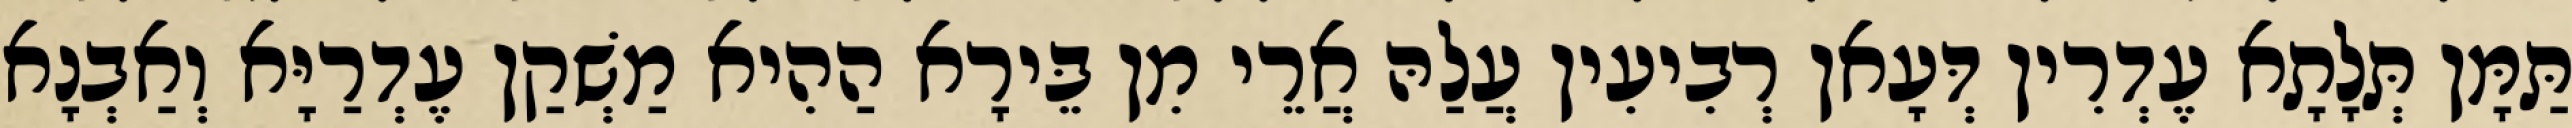
תַּמָּן תְּלָתָא עֶדְרִין דְּעָאן רְבִיעִין עֲלַהּ אֲרֵי מִן בֵּירָא הַהִיא מַשְׁקַן עֶדְרַיָּא וְאַבְנָא